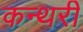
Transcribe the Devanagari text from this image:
कन्थरी